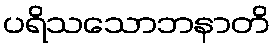
ပရိသသောဘနာတိ